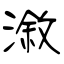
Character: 漵